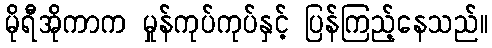
မိုရီအိုကာက မှုန်ကုပ်ကုပ်နှင့် ပြန်ကြည့်နေသည်။